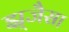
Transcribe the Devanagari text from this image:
झ्र्जैसा